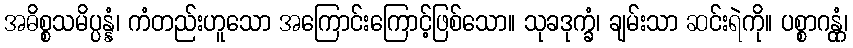
အဓိစ္စသမိပ္ပန္နံ၊ ကံတည်းဟူသော အကြောင်းကြောင့်ဖြစ်သော။ သုခဒုက္ခံ၊ ချမ်းသာ ဆင်းရဲကို။ ပစ္စာဂန္တုံ၊